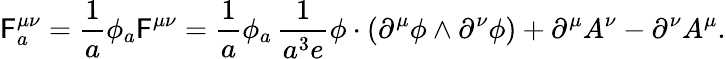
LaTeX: {\cal\mathsf{F}}_{a}^{\mu\nu}=\frac{{1}}{{a}}\phi_{a}{\cal\mathsf{F}}^{\mu\nu}=\frac{{1}}{{a}}\phi_{a}\, \frac{{1}}{{a^{3}e}}\phi\cdot(\partial^{\mu}\phi\wedge\partial^{\nu}\phi)+\partial^{\mu}A^{\nu}-\partial^{\nu}A^{\mu}.